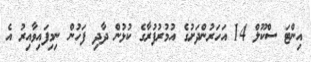
އިންޓަ ސްކޫލް 14 އަހަރުންދަށުގެ އުމުރުފުރާގެ ކުޅުން ދާދި ފަހުން ނިމިފައިވާއިރު އެ